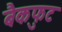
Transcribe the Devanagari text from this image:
बैकफुट